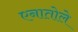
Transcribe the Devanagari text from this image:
एनातोले